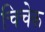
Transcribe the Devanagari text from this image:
चिचेक